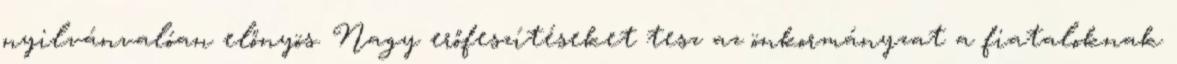
nyilvánvalóan előnyös. Nagy erőfeszítéseket tesz az önkormányzat a fiataloknak